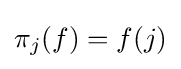
\pi _{j}(f)=f(j)